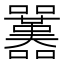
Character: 𡅱